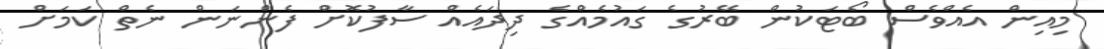
މިއިން އެއްވެސް ބޯޓަކުން ބޭރުގެ ގައުމެއްގެ ދިދައެއް ސާފުކޮށް ފެންނަން ނެތް ކަމަށް